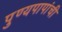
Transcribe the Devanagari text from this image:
पुण्यपापांची